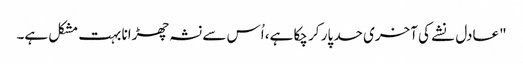
"عادل نشے کی آخری حد پار کر چکا ہے، اُس سے نشہ چھڑانا بہت مشکل ہے۔